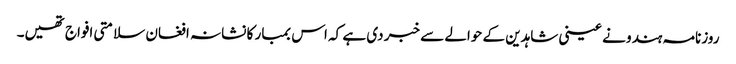
روزنامہ ہندو نے عینی شاہدین کے حوالے سے خبر دی ہے کہ اس بمبار کا نشانہ افغان سلامتی افواج تھیں۔